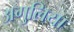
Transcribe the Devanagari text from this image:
अगुलिया